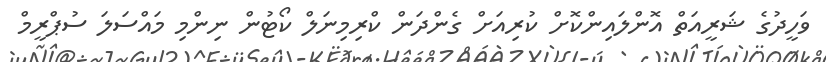
ވަހީދުގެ ޝަރީއަތް އޮންލައިންކޮށް ކުރިއަށް ގެންދަން ކްރިމިނަލް ކޯޓުން ނިންމި މައްސަލަ ސުޕްރީމް